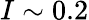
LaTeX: I\sim 0.2